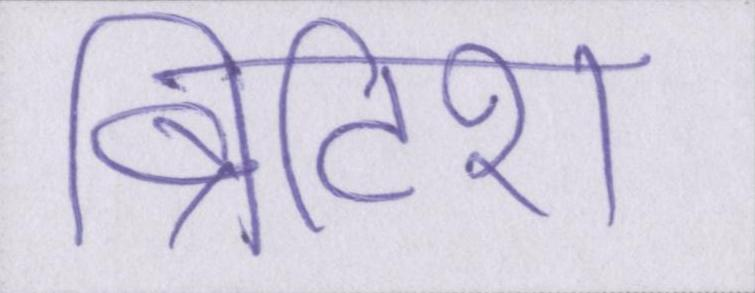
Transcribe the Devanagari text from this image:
ब्रिटिश